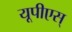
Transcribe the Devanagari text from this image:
यूपीएस्